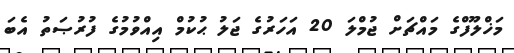
މަޚްލޫފްގެ މައްޗަށް ޖުމްލަ 20 އަހަރުގެ ޖަލު ޙުކުމް އިއްވުމުގެ ފުރުޞަތު އެބަ